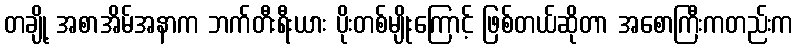
တချို့ အစာအိမ်အနာက ဘက်တီးရီးယား ပိုးတစ်မျိုးကြောင့် ဖြစ်တယ်ဆိုတာ အစောကြီးကတည်းက